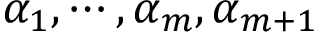
\alpha _ { 1 } , \cdots , \alpha _ { m } , \alpha _ { m + 1 }